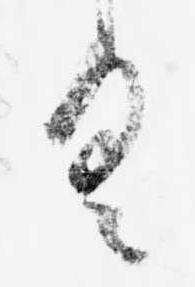
具